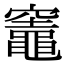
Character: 竈